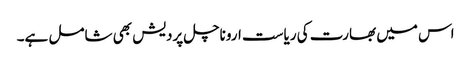
اس میں بھارت کی ریاست اروناچل پردیش بھی شامل ہے۔